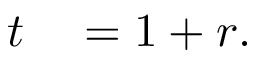
\begin{array} { r l } { t } & { { } = 1 + r . } \end{array}